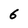
Character: 6